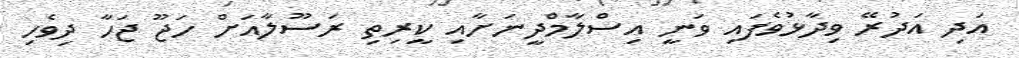
އަދި އަދުރޭ ވިދާޅުވެފައި ވަނީ އިސްލާމްދީނަށާއި ކީރިތި ރަސޫލާއަށް ހަޖޫ ޖަހާ ދިވެހި